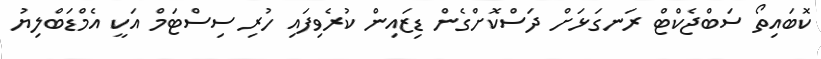
ކޮބައިތޯ ސަބްޖެކްޓް ރަނގަޅަށް ދަސްކޮށްގެން ޑިޒައިން ކުރެވިފައި ހުރި ސިސްޓަމް އަކީ އެމްޑަބްލިޔު